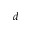
d